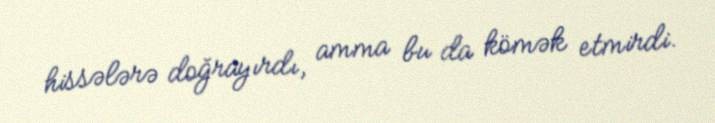
hissələrə doğrayırdı, amma bu da kömək etmirdi.